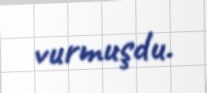
vurmuşdu.